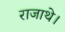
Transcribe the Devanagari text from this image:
राजाथे।